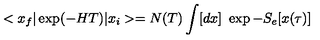
< x _ { f } \vert \exp ( - H T ) \vert x _ { i } > = N ( T ) \int [ d x ] \ \exp - S _ { e } [ x ( \tau ) ]